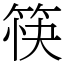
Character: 筷